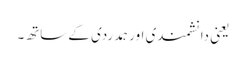
یعنی دانشمندی اور ہمدردی کے ساتھ۔